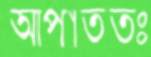
আপাততঃ